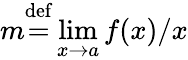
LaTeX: m{\stackrel{\mathrm{def}}{=}}\operatorname*{lim}_{x\rightarrow a}f(x)/x